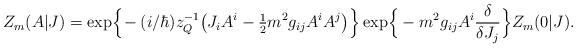
LaTeX: \begin{align*}Z_m(A|J) = {\rm exp}\Bigr\{\! - (i/\hbar) z_Q^{-1} \bigr( J_i A^i - \hbox{$\frac{1}{2}$} m^2 g_{ij} A^i A^j \bigr) \Bigr\}\, {\rm exp}\Bigr\{ - m^2 g_{ij} A^i \frac{\delta}{\delta J_j} \Bigr\} Z_m(0|J).\end{align*}